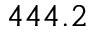
4 4 4 . 2